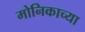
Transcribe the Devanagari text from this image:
मोनिकाच्या